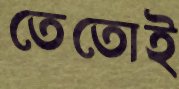
তেতোই